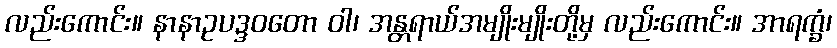
လည်းကောင်း။ နာနာဥပဒ္ဒဝတော ဝါ၊ အန္တရာယ်အမျိုးမျိုးတို့မှ လည်းကောင်း။ အာရက္ခံ၊